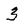
Character: 3